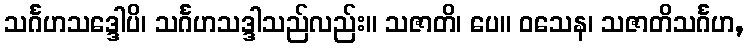
သင်္ဂဟသဒ္ဒေါပိ၊ သင်္ဂဟသဒ္ဒါသည်လည်း။ သဇာတိ၊ ပေ။ ဝသေန၊ သဇာတိသင်္ဂဟ,